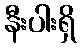
နီးပါးရှိ